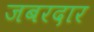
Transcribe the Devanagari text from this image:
जबरदार